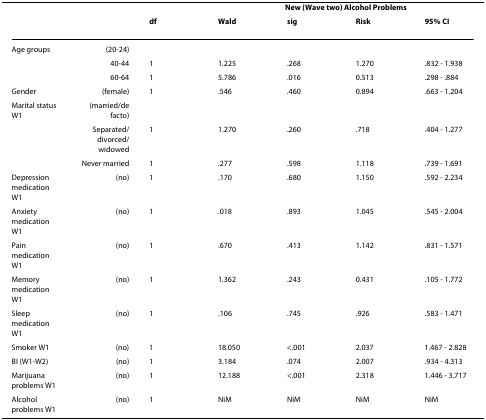
<table><thead><tr><td></td><td></td><td></td><td colspan="4"><b>New (Wave two) Alcohol Problems</b></td></tr><tr><td></td><td></td><td><b>df</b></td><td><b>Wald</b></td><td><b>sig</b></td><td><b>Risk</b></td><td><b>95% CI</b></td></tr></thead><tbody><tr><td>Age groups</td><td>(20-24)</td><td></td><td></td><td></td><td></td><td></td></tr><tr><td></td><td>40-44</td><td>1</td><td>1.225</td><td>.268</td><td>1.270</td><td>.832 - 1.938</td></tr><tr><td></td><td>60-64</td><td>1</td><td>5.786</td><td>.016</td><td>0.513</td><td>.298 - .884</td></tr><tr><td>Gender</td><td>(female)</td><td>1</td><td>.546</td><td>.460</td><td>0.894</td><td>.663 - 1.204</td></tr><tr><td>Marital status W1</td><td>(married/de facto)</td><td></td><td></td><td></td><td></td><td></td></tr><tr><td></td><td>Separated/divorced/widowed</td><td>1</td><td>1.270</td><td>.260</td><td>.718</td><td>.404 - 1.277</td></tr><tr><td></td><td>Never married</td><td>1</td><td>.277</td><td>.598</td><td>1.118</td><td>.739 - 1.691</td></tr><tr><td>Depression medication W1</td><td>(no)</td><td>1</td><td>.170</td><td>.680</td><td>1.150</td><td>.592 - 2.234</td></tr><tr><td>Anxiety medication W1</td><td>(no)</td><td>1</td><td>.018</td><td>.893</td><td>1.045</td><td>.545 - 2.004</td></tr><tr><td>Pain medication W1</td><td>(no)</td><td>1</td><td>.670</td><td>.413</td><td>1.142</td><td>.831 - 1.571</td></tr><tr><td>Memory medication W1</td><td>(no)</td><td>1</td><td>1.362</td><td>.243</td><td>0.431</td><td>.105 - 1.772</td></tr><tr><td>Sleep medication W1</td><td>(no)</td><td>1</td><td>.106</td><td>.745</td><td>.926</td><td>.583 - 1.471</td></tr><tr><td>Smoker W1</td><td>(no)</td><td>1</td><td>18.050</td><td>&lt;.001</td><td>2.037</td><td>1.467 - 2.828</td></tr><tr><td>BI (W1-W2)</td><td>(no)</td><td>1</td><td>3.184</td><td>.074</td><td>2.007</td><td>.934 - 4.313</td></tr><tr><td>Marijuana problems W1</td><td>(no)</td><td>1</td><td>12.188</td><td>&lt;.001</td><td>2.318</td><td>1.446 - 3.717</td></tr><tr><td>Alcohol problems W1</td><td>(no)</td><td>1</td><td>NiM</td><td>NiM</td><td>NiM</td><td>NiM</td></tr></tbody></table>